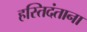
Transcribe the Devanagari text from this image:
हस्तिदंताना